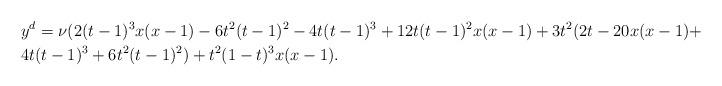
LaTeX: \begin{align*}&y^d=\nu(2(t-1)^3x(x-1)-6t^2(t-1)^2-4t(t-1)^3+12t(t-1)^2x(x-1)+3t^2(2t-20x(x-1)+\\&4t(t-1)^3+6t^2(t-1)^2)+t^2(1-t)^3x(x-1).\end{align*}